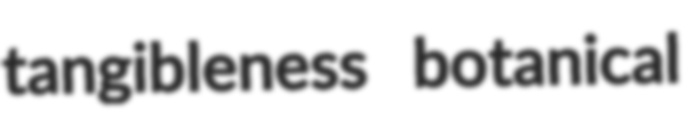
tangibleness botanical